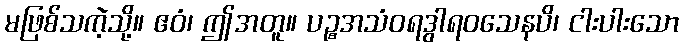
မဖြစ်သကဲ့သို့။ ဧဝံ၊ ဤအတူ။ ပဉ္စအသံဝရဒွါရဝသေနပိ၊ ငါးပါးသော